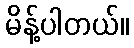
မိန့်ပါတယ်။